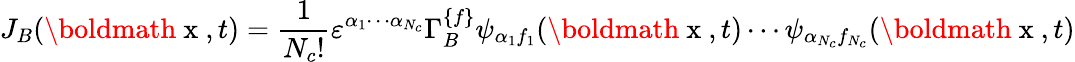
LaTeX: J_{B}(\mathrm{\boldmath~x~},t)=\frac{1}{N_{c}!}\varepsilon^{\alpha_{1}\cdots\alpha_{N_{c}}}\Gamma_{B}^{\{ f\} }\psi_{\alpha_{1}f_{1}}(\mathrm{\boldmath~x~},t)\cdots\psi_{\alpha_{N_{c}}f_{N_{c}}}(\mathrm{\boldmath~x~},t)